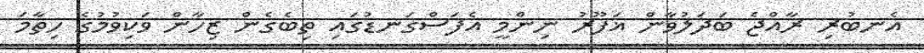
އެނބުރި ރާއްޖެ ބަދަލުވާން ޣަފޫރު ނިންމީ އެފަސްގަނޑުގައި ތިބެގެން ޒިހާން ވަކިވުމުގެ ހިތާމަ